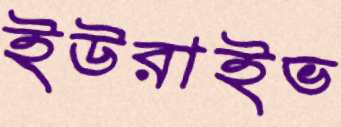
ইউরাইভ